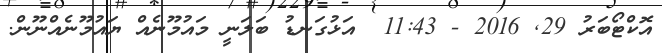
އޮކްޓޯބަރު 29